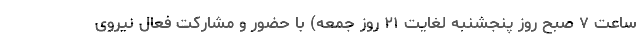
ساعت ۷ صبح روز پنجشنبه لغایت ۲۱ روز جمعه) با حضور و مشارکت فعال نیروی